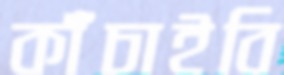
কাঁচাইবি